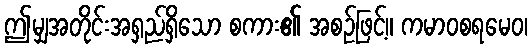
ဤမျှအတိုင်းအရှည်ရှိသော စကား၏ အစဉ်ဖြင့်။ ကမာဝစရမေဝ၊